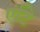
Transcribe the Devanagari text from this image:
एंटि